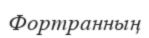
Фортранның